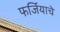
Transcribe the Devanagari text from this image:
फर्जियाचे